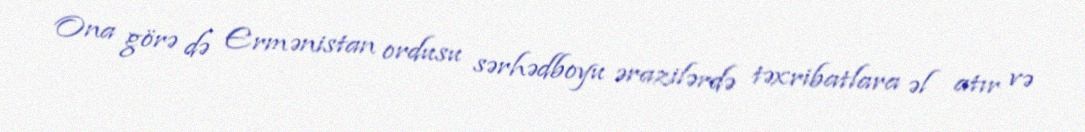
Ona görə də Ermənistan ordusu sərhədboyu ərazilərdə təxribatlara əl atır və